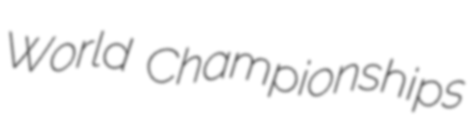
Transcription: World Championships